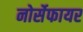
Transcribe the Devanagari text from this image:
नोर्सेफायर